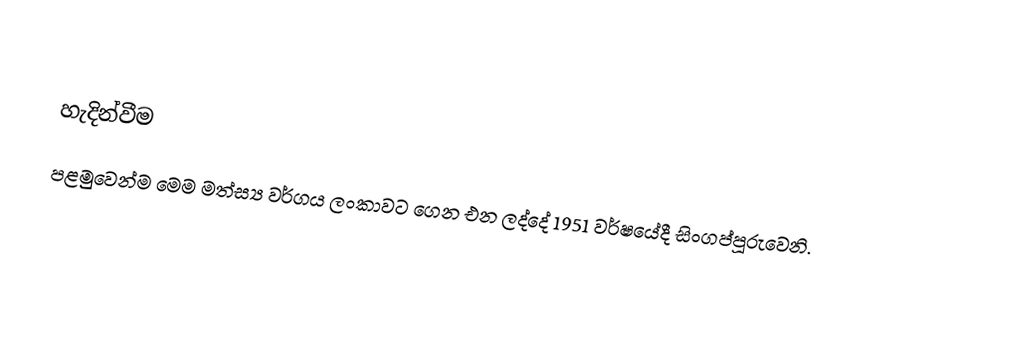

හැදින්වීම
පළමුවෙන්ම මෙම මත්ස්‍ය වර්ගය ලංකාවට ගෙන එන ලද්දේ 1951 වර්ෂයේදී සිංගප්පූරුවෙනි.